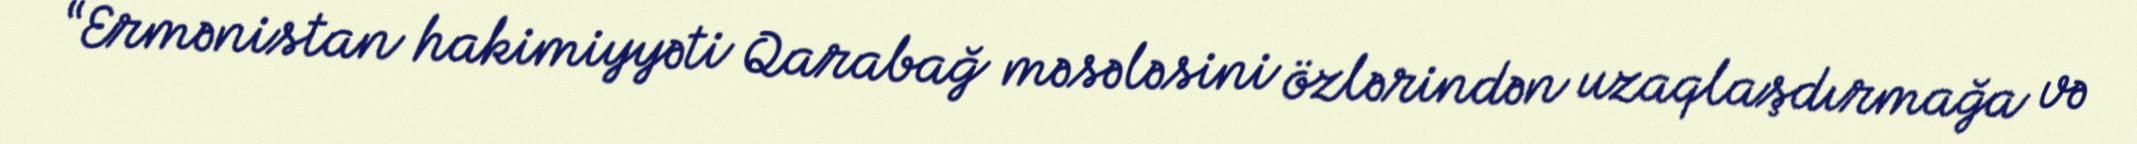
“Ermənistan hakimiyyəti Qarabağ məsələsini özlərindən uzaqlaşdırmağa və